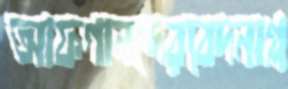
আফগানদেরবেদনাপ্ল